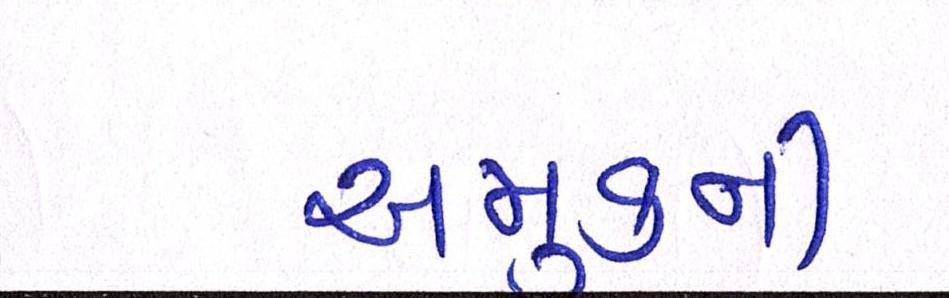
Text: અમુકની